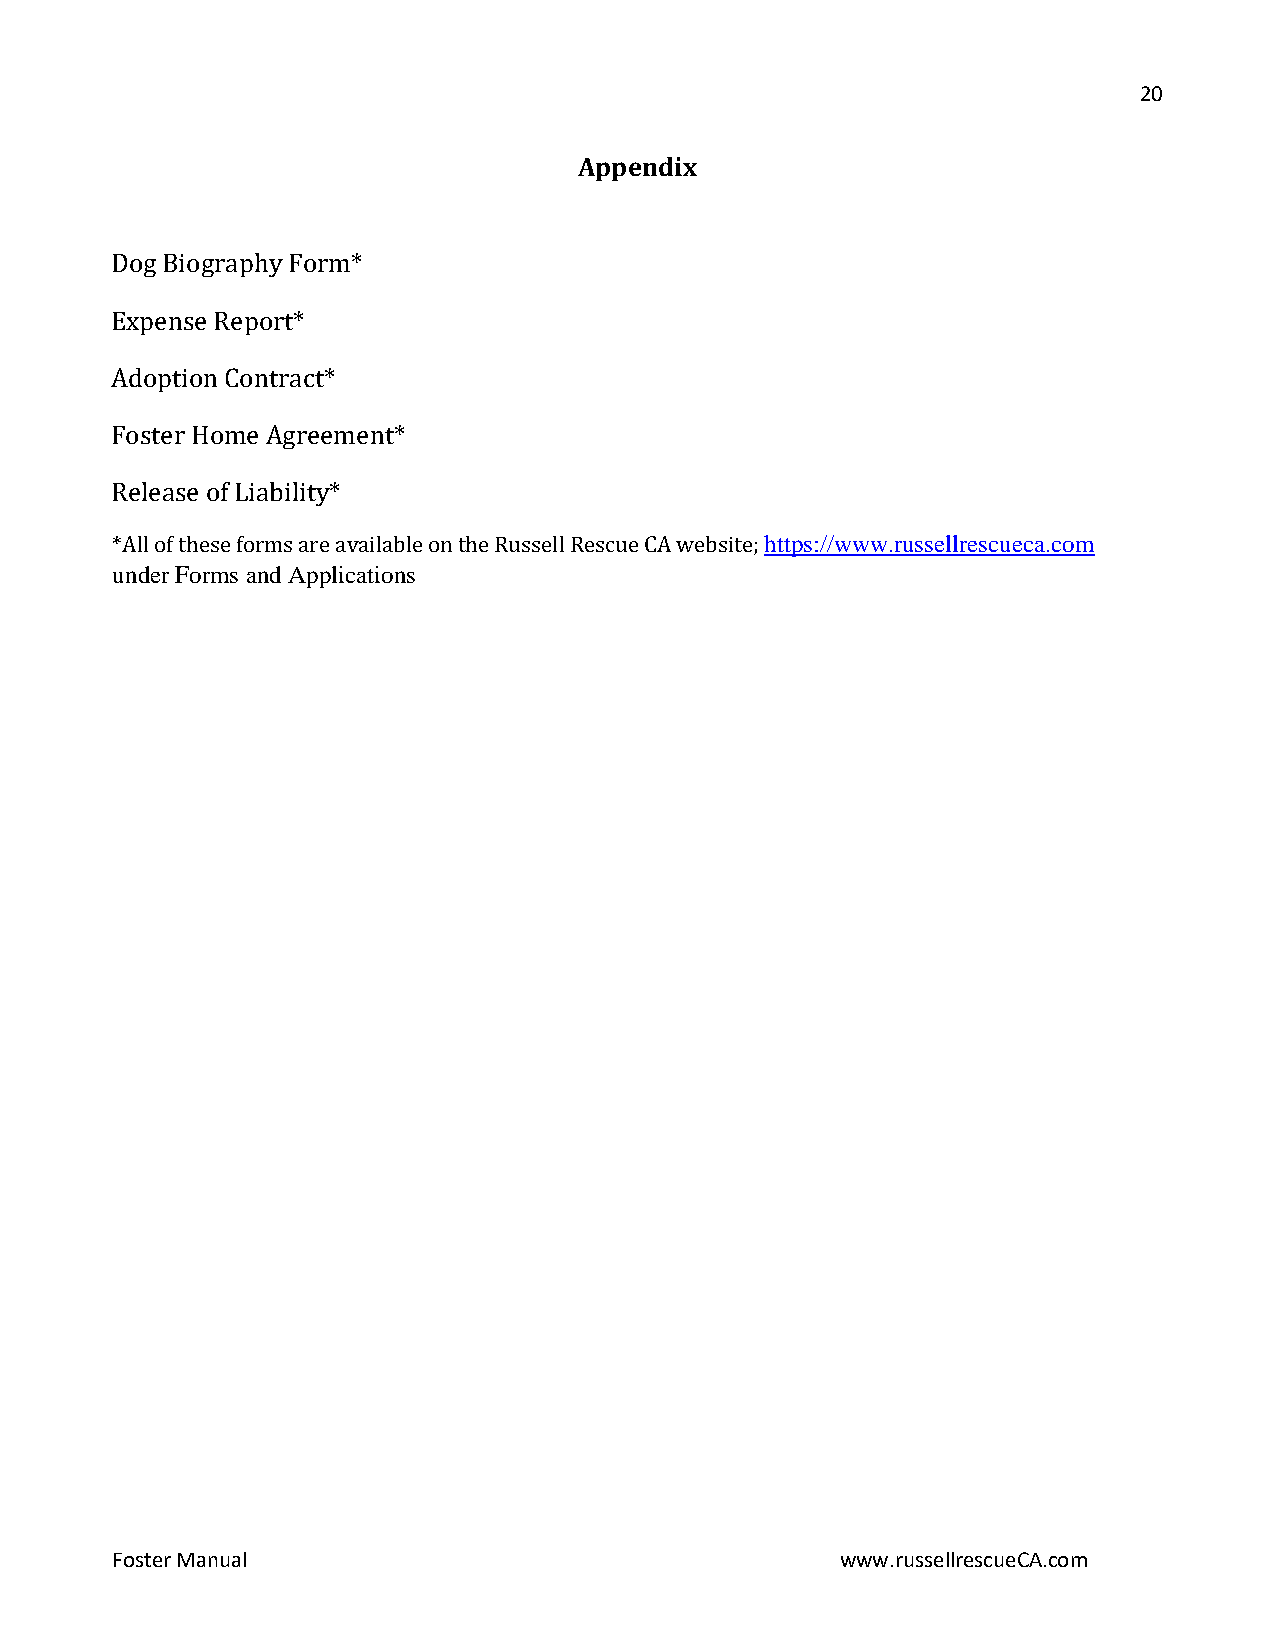
20
 Appendix
 Dog Biography Fo rm*
 Expense Report*
 Adoption Contract*
 Foster Home Agreem ent*
 https://www.russellrescueca.com
 Release of Liability*
 under Forms and Applications
 *All of these forms are available on the Russell Rescue CA website;
 Foster Manual                                    www.russellrescueCA.com